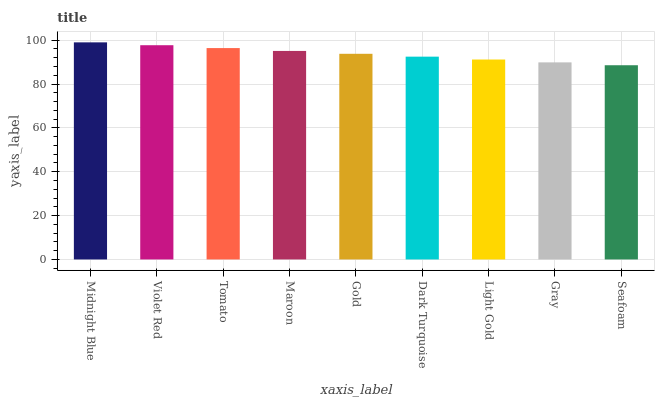
| xaxis_label | bars |
 | --- | --- |
 | Midnight Blue | 99 |
 | Violet Red | 97.7 |
 | Tomato | 96.4 |
 | Maroon | 95.1 |
 | Gold | 93.8 |
 | Dark Turquoise | 92.5 |
 | Light Gold | 91.2 |
 | Gray | 89.9 |
 | Seafoam | 88.6 |